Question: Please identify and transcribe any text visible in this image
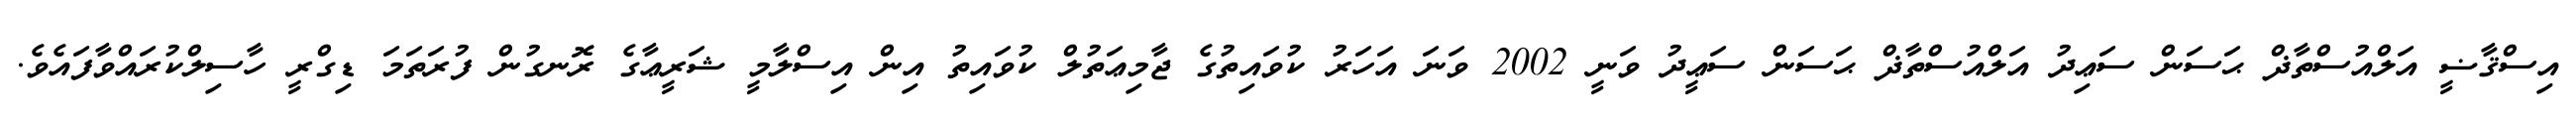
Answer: އިސްޤާޟީ އަލްއުސްތާޛް ޙަސަން ސަޢިދު އަލްއުސްތާޛް ޙަސަން ސަޢީދު ވަނީ 2002 ވަނަ އަހަރު ކުވައިތުގެ ޖާމިޢަތުލް ކުވައިތު އިން އިސްލާމީ ޝަރީޢާގެ ރޮނގުން ފުރަތަމަ ޑިގްރީ ހާސިލްކުރައްވާފައެވެ.